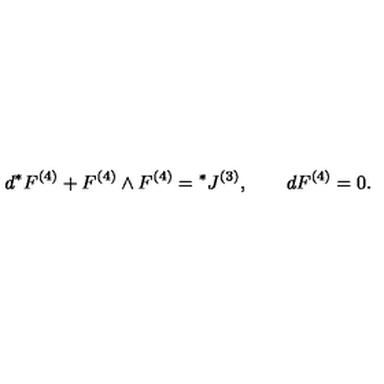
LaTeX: d { } ^ { * } F ^ { ( 4 ) } + F ^ { ( 4 ) } \wedge F ^ { ( 4 ) } = { } ^ { * } J ^ { ( 3 ) } , \qquad d { } F ^ { ( 4 ) } = 0 .